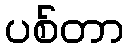
ပစ်တာ